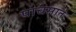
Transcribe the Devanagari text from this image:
पाचसात